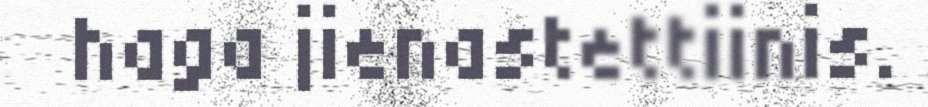
haga jienastettiinis.